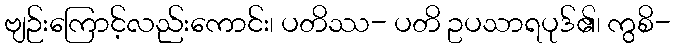
ဗျဉ်းကြောင့်လည်းကောင်း၊ ပတိဿ- ပတိ ဥပသာရပုဒ်၏၊ ကွစိ-